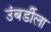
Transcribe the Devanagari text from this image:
उंबर्डीला